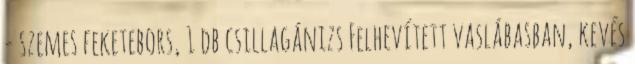
- szemes feketebors, 1 db csillagánizs Felhevített vaslábasban, kevés